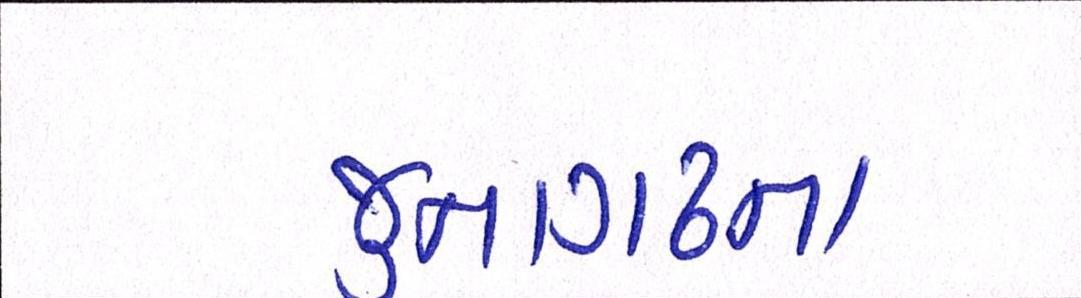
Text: જુનાગઢના